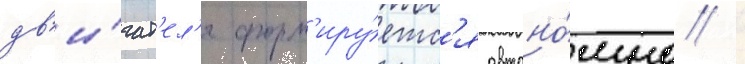
дв'и́гат'ел'я форм'иру́етс'я автоно́мно /